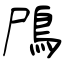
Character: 鳲